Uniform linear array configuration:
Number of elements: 12
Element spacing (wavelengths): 0.25
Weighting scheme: binomial
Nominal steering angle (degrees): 30
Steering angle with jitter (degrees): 28.067
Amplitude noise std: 0.05
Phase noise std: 0.05

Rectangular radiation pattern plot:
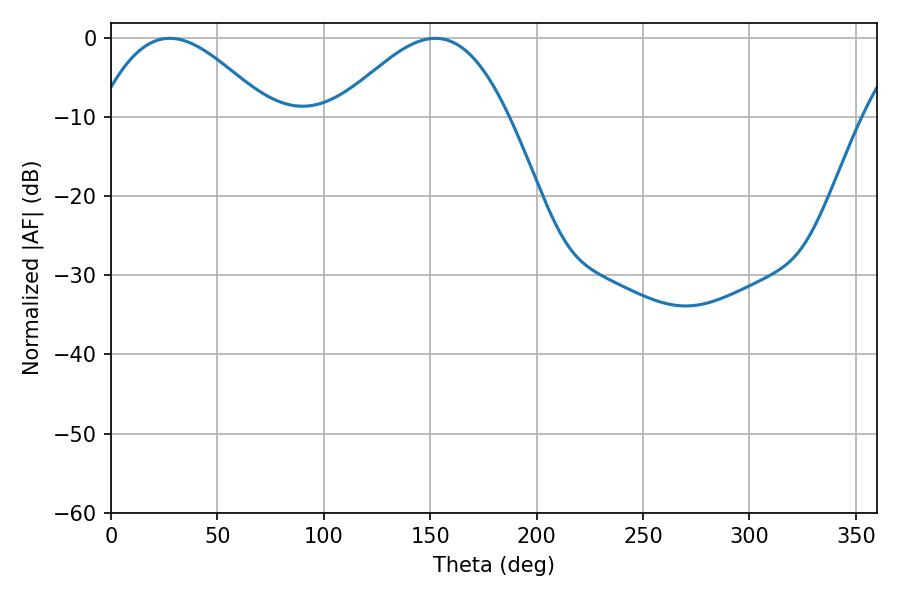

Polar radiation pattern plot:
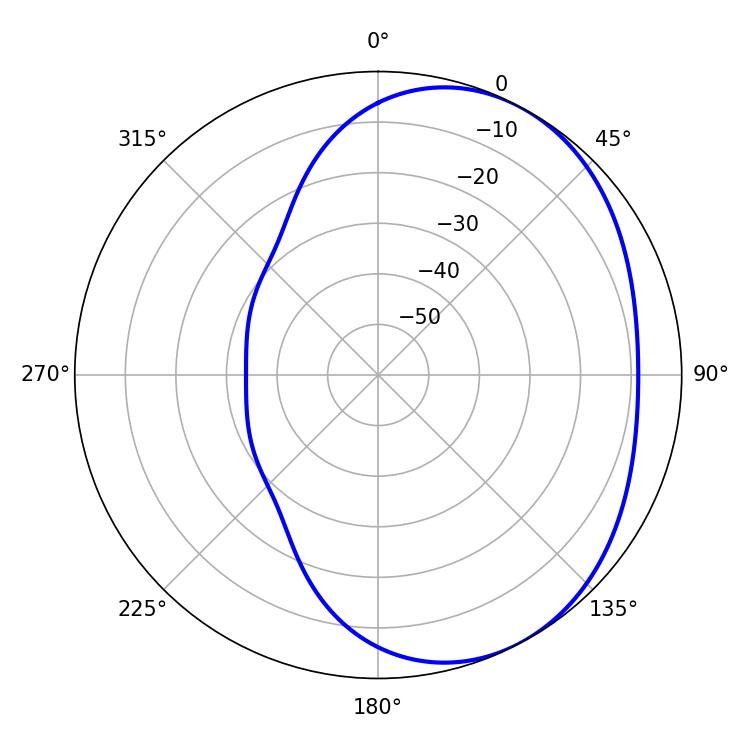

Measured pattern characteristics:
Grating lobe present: FALSE
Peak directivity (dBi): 3.565
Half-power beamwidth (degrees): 43.38
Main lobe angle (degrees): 27.54